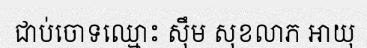
ជាប់ចោទឈ្មោះ ស៊ឹម សុខលាភ អាយុ